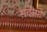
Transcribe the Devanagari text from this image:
सदीयो